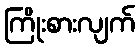
ကြိုးစားလျက်